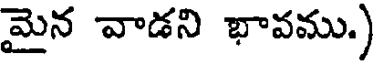
మైన వాడని భావము.)